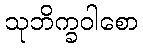
သုဘိက္ခဝါစော